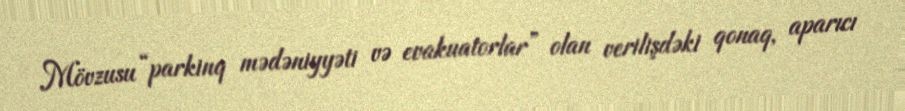
Mövzusu “parkinq mədəniyyəti və evakuatorlar” olan verilişdəki qonaq, aparıcı